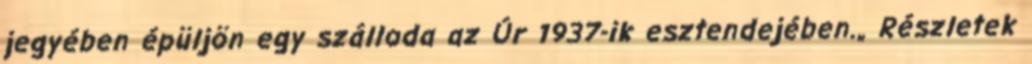
jegyében épüljön egy szálloda az Úr 1937-ik esztendejében.„ Részletek